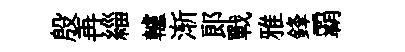
殷再緇轤渐郞戰雅鋒覇